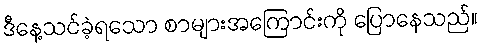
ဒီနေ့သင်ခဲ့ရသော စာများအကြောင်းကို ပြောနေသည်။